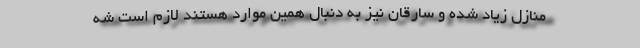
منازل زیاد شده و سارقان نیز به دنبال همین موارد هستند لازم است شه